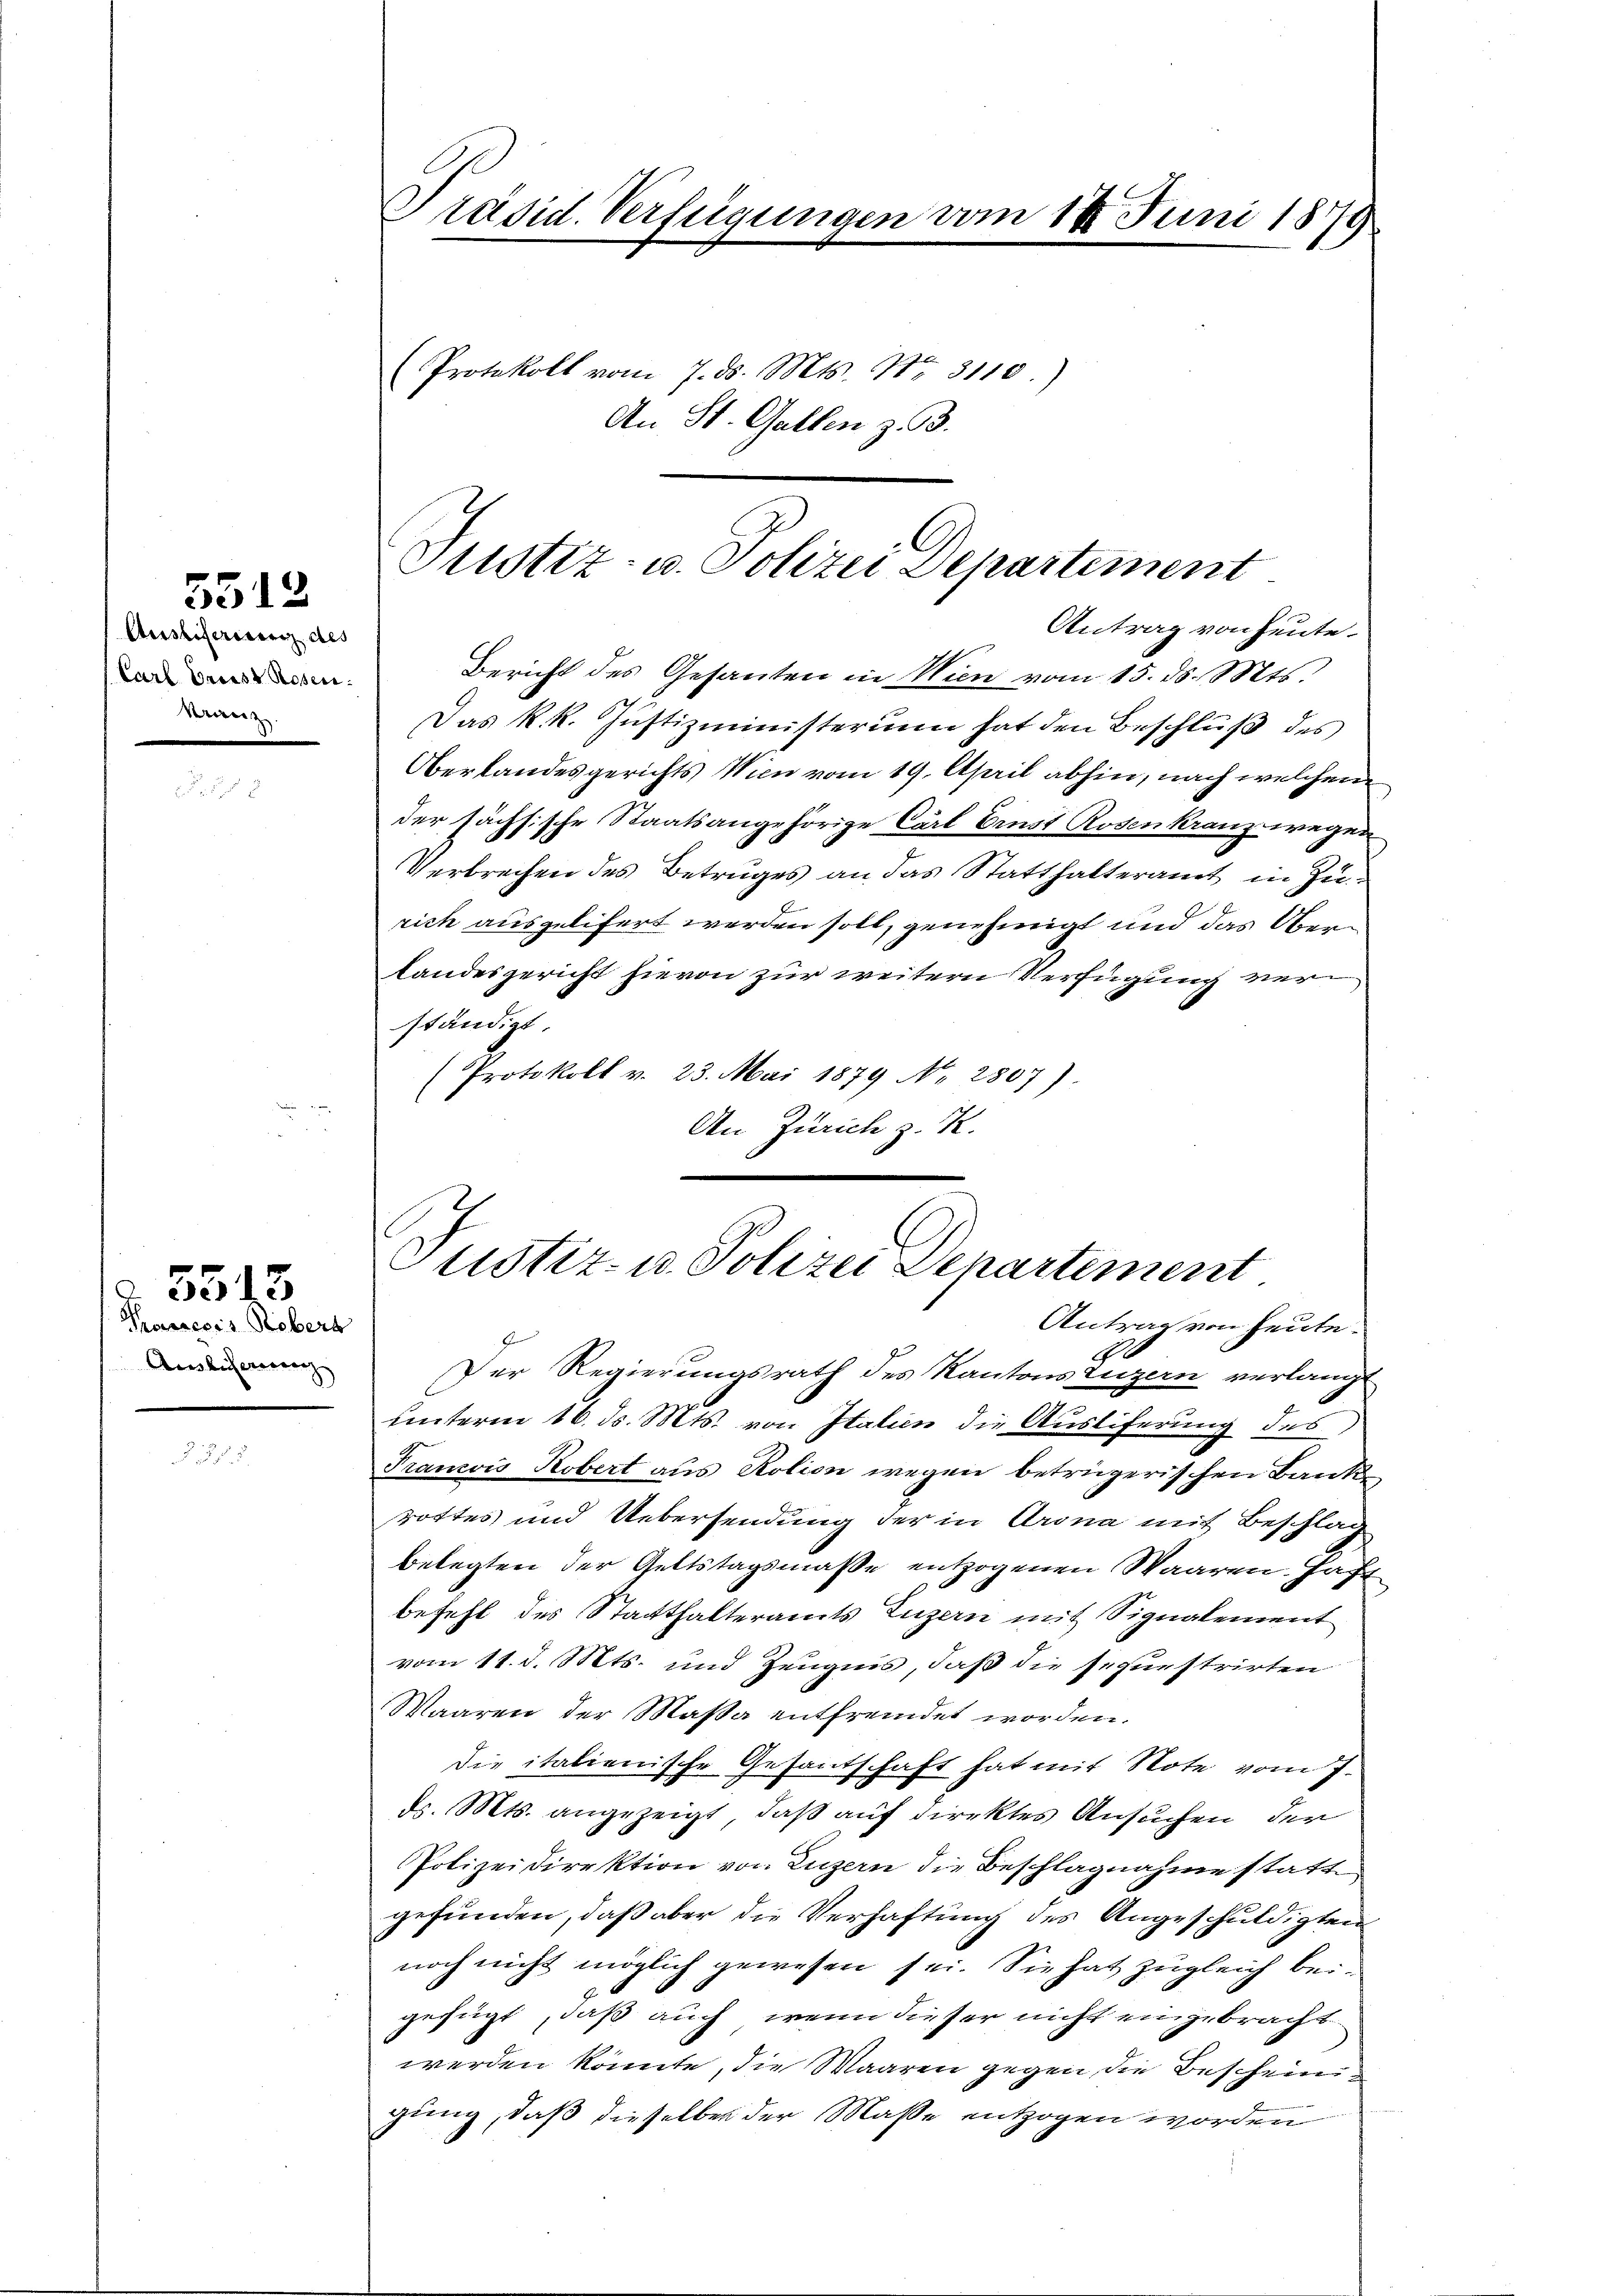
5512

Ausliferien des
Carl Griest Rosen.
Kranz

Pocresis Robers
Ausliefernen

5513

Präsid. Verfügungen vom 18. Juni 1879
Protokoll vom 7. ds. Mts. No. 3110.)
An St. Gallen z. B.

Justiz- u. Polizei Departement
Antrag von heute.

ustiz- u. Polizei Departement
Antrag von heute.

Bericht des Gesanten in Wien vom 15. ds. Mts.
Das k. k. Jŭstizministerium hat den Beschlŭβ des
Oberlandesgerichts Wien vom 19. April abhin, nach welchem
der sächsische Staatsangehörige Carl Ernst Rosenkranz wegen
Verbrechen des Betruges an das Statthalteramt in Zurich ausgelifert werden soll, genehmigt und das Ober¬
Landesgericht hievon zur weitern Verfügung ver
ständigt.
Protokoll v. 23. Mai 1879 No 2807)
An Zürich z. K.

Der Regierungsrath des Kantons Luzern verlangt
unterm 16. ds. Mts. von Italien die Ausliferung des
Franzois Robert aus Rolion wegen betrügerischen Bankrottes und Uebersendung der in Krona mit Beschlag
belegten der Geltstagsmasse entzogenen Waaren. Haft
befehl des Statthalteramts Luzern mit Signalement
vom 11. d. Mts. und Zeugnis, daß die sequestrirten
Waaren der Maßa entfremdet worden.
die italienische Gesantschaft hat mit Note vom 7.
d. Mts. angezeigt, daß auf direktes Ansuchen der
Polizeidirektion von Luzern die Beschlagnahme statt
gefunden, daß aber die Verhaftung des Angeschuldigten
noch nicht möglich gewesen sei. Sie hat zugleich beigefügt, daß auch wenn dieser nicht eingebracht
werden könnte, die Waaren gegen die Bescheinigung, daß dieselben der Maße entzogen worden